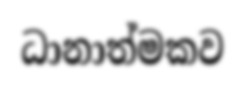
ධානාත්මකව